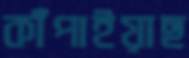
কাঁপাইয়াছ